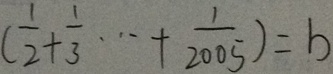
( \frac { 1 } { 2 } + \frac { 1 } { 3 } \cdots + \frac { 1 } { 2 0 0 5 } ) = b